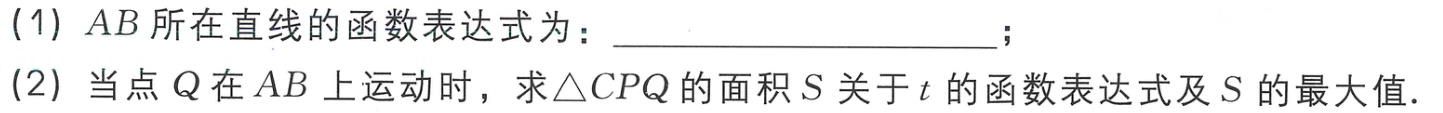
(1) \(AB\)所在直线的函数表达式为：  ；

(2) 当点\(Q\)在\(AB\)上运动时，求\(\triangle CPQ\)的面积\(S\)关于\(t\)的函数表达式及\(S\)的最大值.